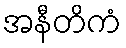
အနီတိကံ